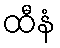
ထီနံ